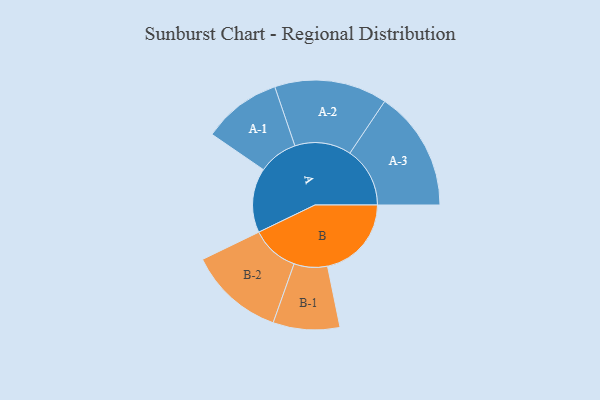
{"axis": {"x": "Segment", "y": "Value"}, "legend": ["", "A", "B"], "data": [{"x": "A", "y": 321, "type": ""}, {"x": "B", "y": 418, "type": ""}, {"x": "A-1", "y": 196, "type": "A"}, {"x": "A-2", "y": 281, "type": "A"}, {"x": "A-3", "y": 299, "type": "A"}, {"x": "B-1", "y": 166, "type": "B"}, {"x": "B-2", "y": 238, "type": "B"}]}